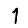
Digit: 1